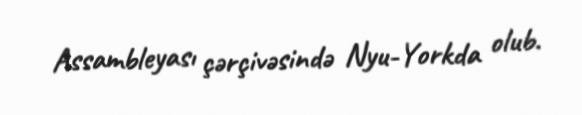
Assambleyası çərçivəsində Nyu-Yorkda olub.